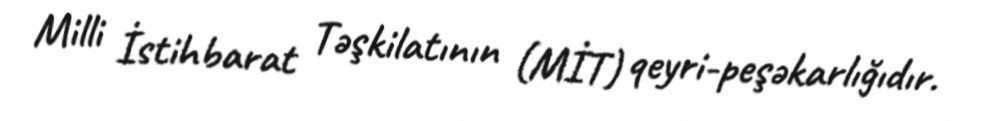
Milli İstihbarat Təşkilatının (MİT) qeyri-peşəkarlığıdır.